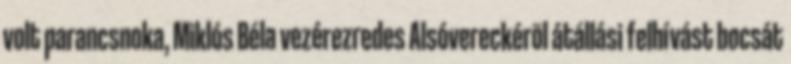
volt parancsnoka, Miklós Béla vezérezredes Alsóvereckérõl átállási felhívást bocsát